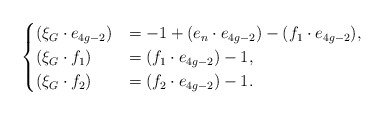
\begin{align*}\begin{cases}(\xi_G \cdot e_{4g-2}) &=-1+(e_n \cdot e_{4g-2})-(f_1 \cdot e_{4g-2}), \\(\xi_G \cdot f_1) &=(f_1\cdot e_{4g-2})-1, \\(\xi_G \cdot f_2) &=(f_2\cdot e_{4g-2})-1.\end{cases}\end{align*}